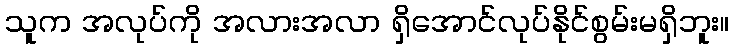
သူက အလုပ်ကို အလားအလာ ရှိအောင်လုပ်နိုင်စွမ်းမရှိဘူး။